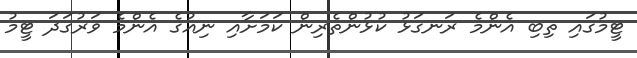
ޓީމުގައި ތިބި އެންމެ ރަނގަޅު ކުޅުންތެރިން ކަމަށާއި ނިއުގެ އެންމެ ވަރުގަދަ ޓީމު